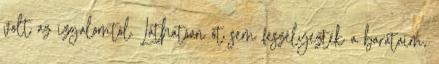
volt az izgalomtól. Láthatóan őt sem feszélyezték a barátaim,